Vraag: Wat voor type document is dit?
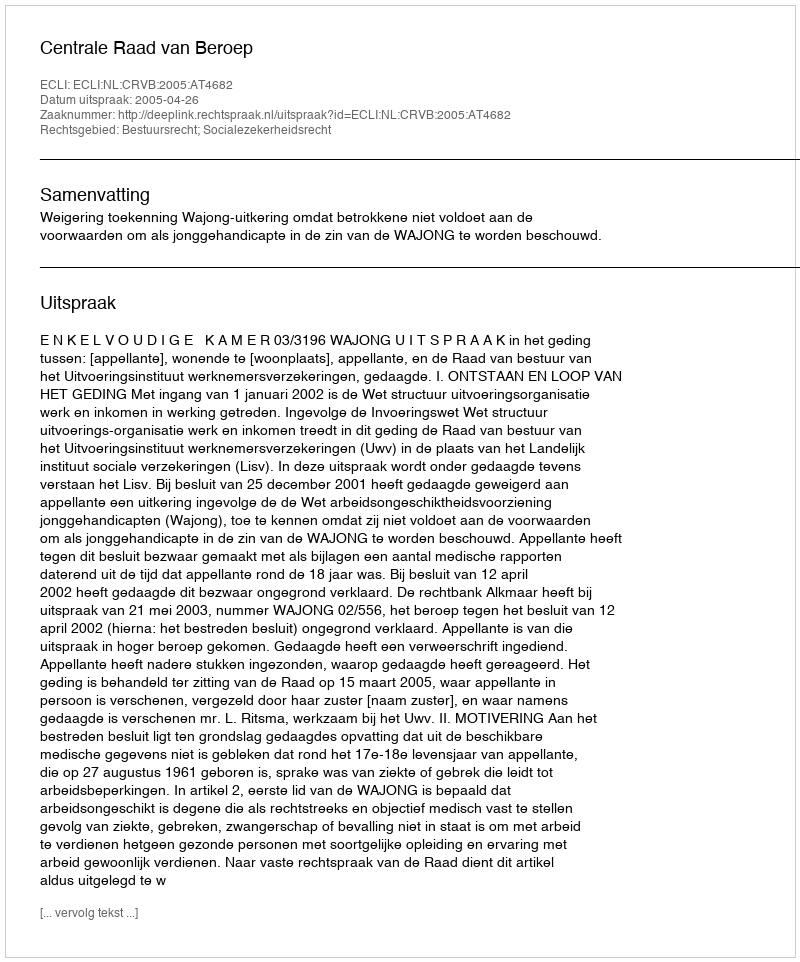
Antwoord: Uitspraak